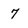
Character: 7